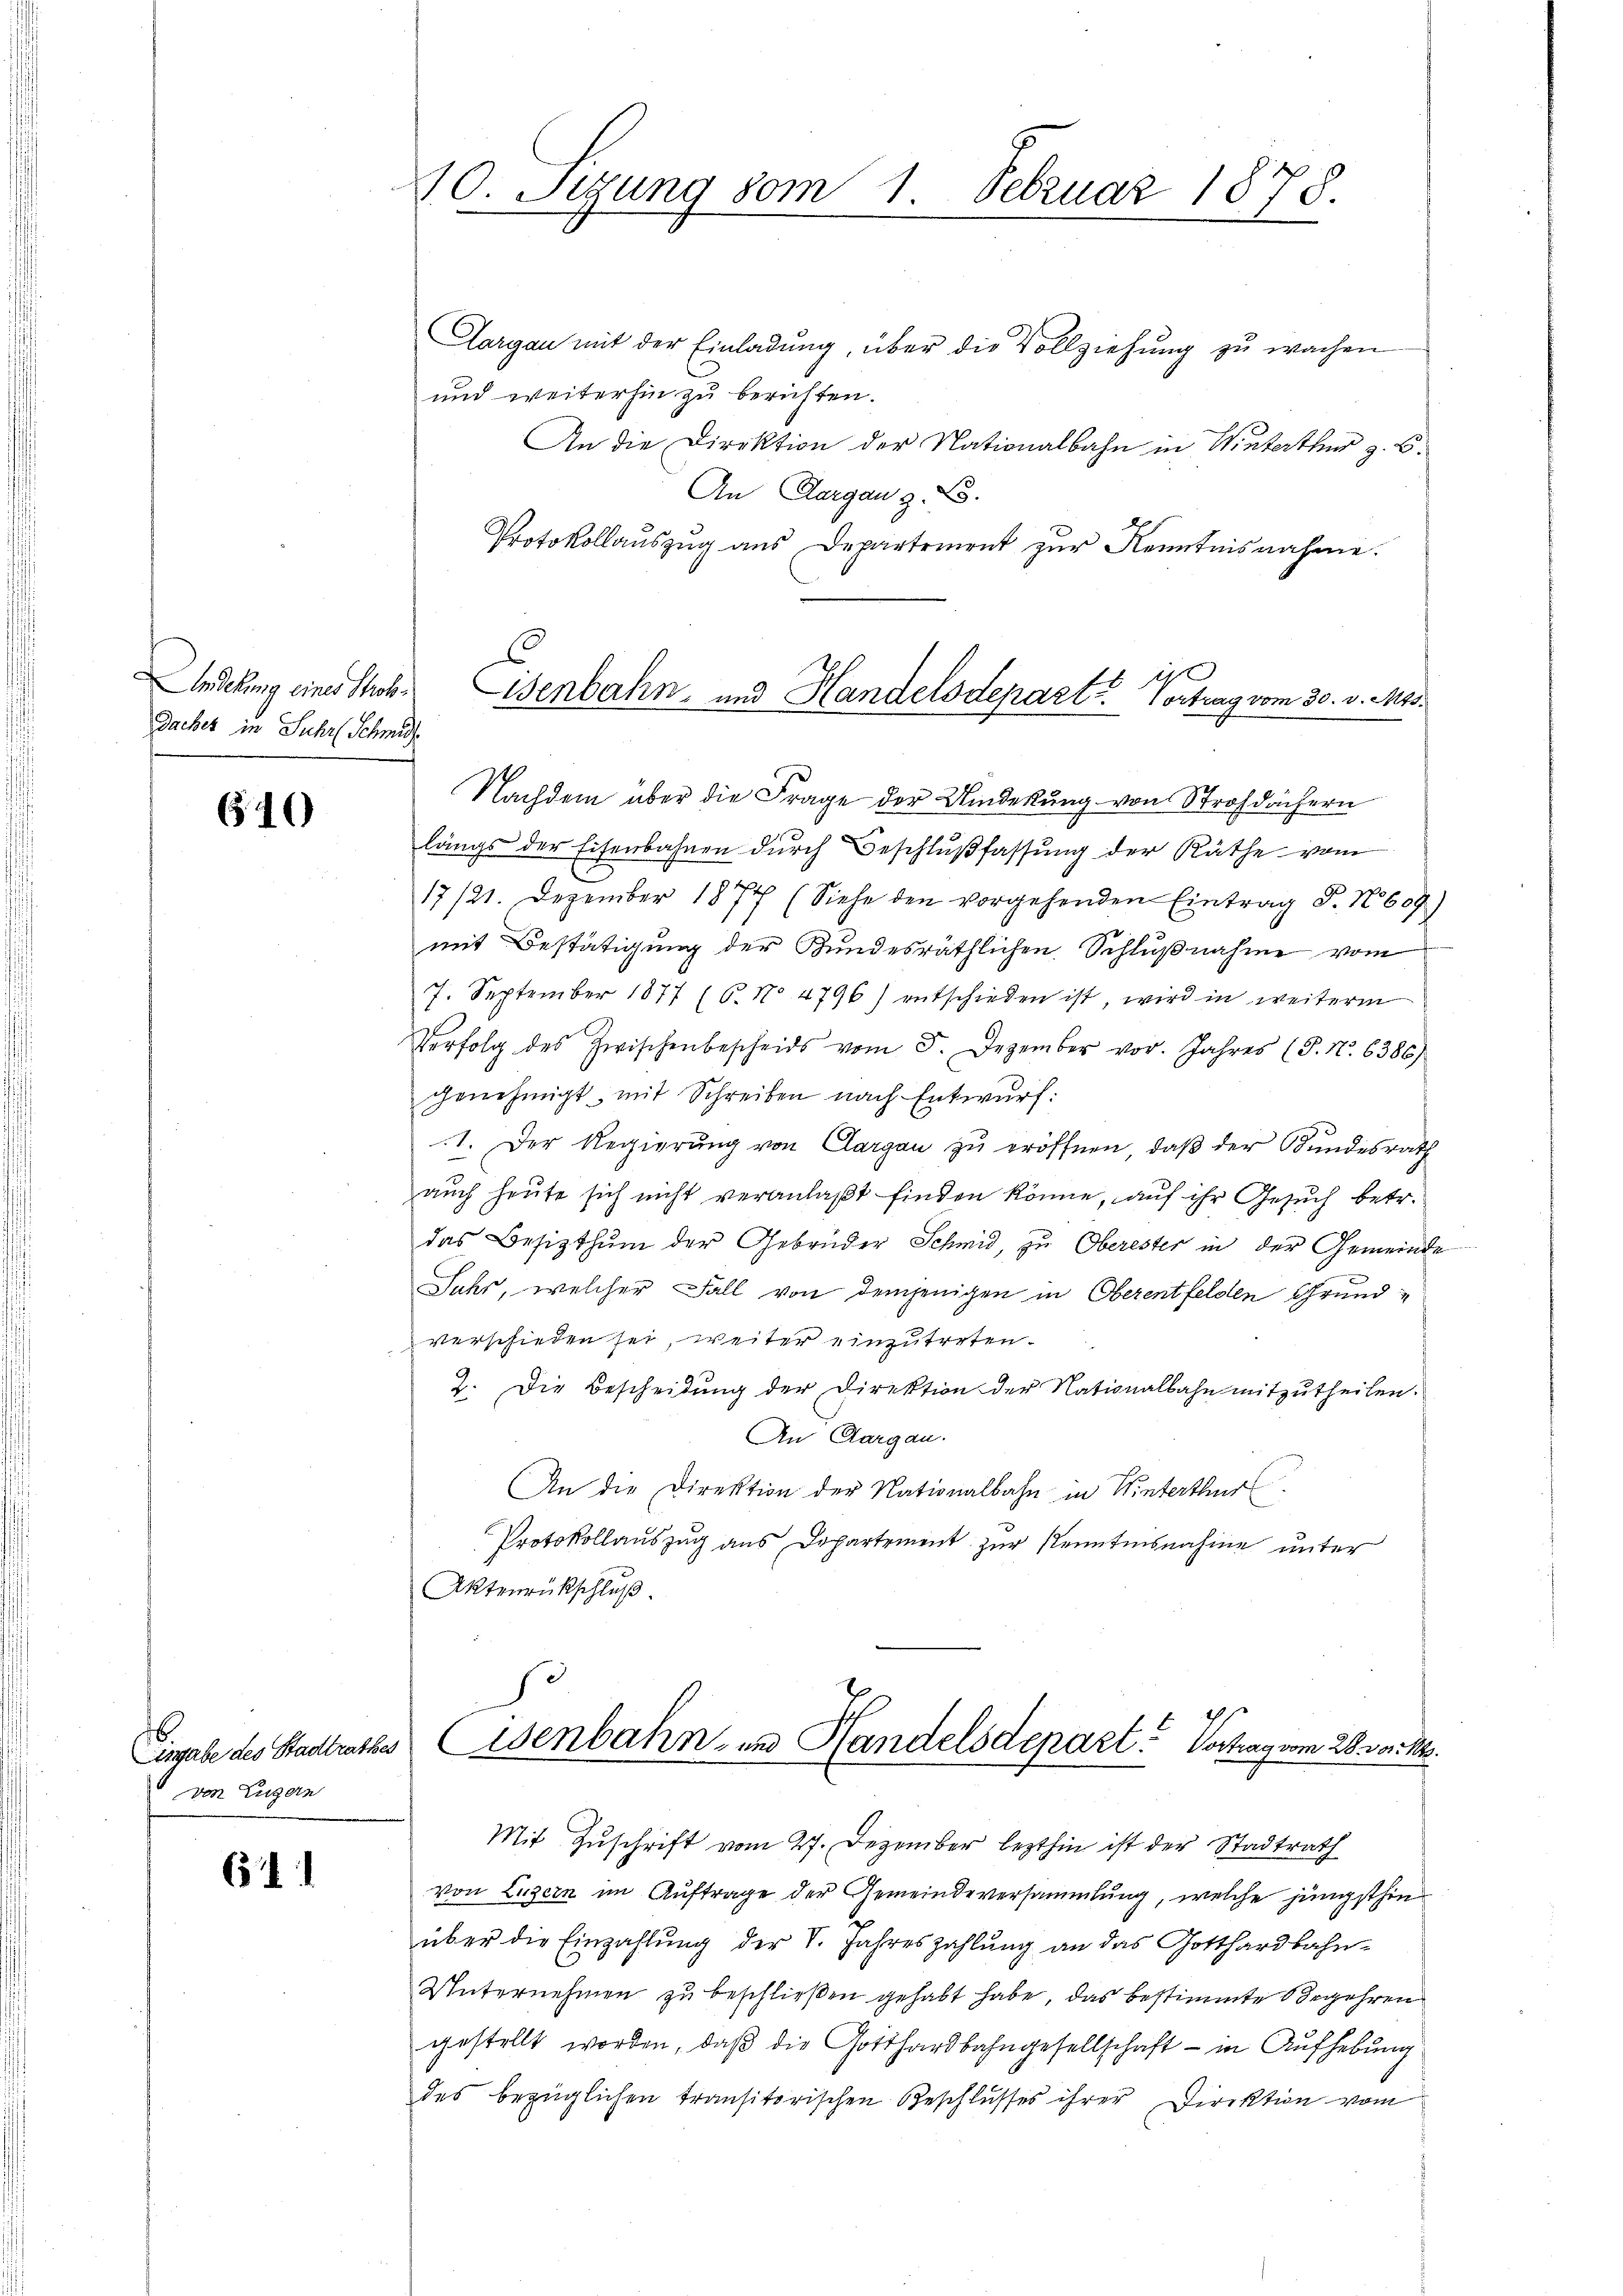
Andelung eines Tho¬
Daches in Suhr Schmid

646

von Luzern

6

10. Sizung vom 1. Februar 1878.

Aargau mit der Einladung, über die Vollziehung zu wachen
und weiterhin zu berichten.
An die Direktion der Nationalbahn in Winterthur z. B.
An Aargau z. B.
Protokollauszug aus Departement zur Kenntnisnahme.

10
Eisenbahn- und Handelsdepart. Vortrag vom 30. v. Mts.

Nachdem über die Frage der Umderkung von Strohdächern
längs der Eisenbahnen dŭrch Beschlŭβfassŭng der Räthe vom
17/21. Dezember 1877 (Siehe den vorgehenden Eintrag S. Nr. 609)
mit Bestätigung der Bundesräthlichen Schlußnahme vom
7. September 1877 (6. No 4796) entschieden ist, wird in weiterm
Verfolg des Zwischenbescheids vom 5. Dezember vor. Jahres (§. N. 6386)
genehmigt mit Schreiben nach Entwurf:
1. Der Regierung von Aargau zu eröffnen, daß der Bundesrath
auch heute sich nicht veranlaßt finden könne, auf ihr Gesuch betr.
das Besitzthum der Gebrüder Schmid, zu Oberester in der Gemeinde
Juhr, welcher Fall von demjenigen in Oberentfelden Grundverschieden sei, weiter einzutreten.
2. Die Bescheidŭng der Direktion der Nationalbahn mitzŭtheilen.
An Aargau.
An die Direktion der Nationalbahn in Winterthur
Protokollauszug aus Departement zur Kenntnisnahme unter
Aktenrückschluß.

Eingabe des Stadtrathes Eisenbahn- und Handelsdepart. Vortrag vom 28. vor. Mts.

Mit Zuschrift vom 27. Dezember lezthin ist der Stadtrath
von Luzern im Auftrage der Gemeindeversammlung, welche jüngsthin
über die Einzahlung der V. Jahreszahlung an das Gotthardbahn-
Unternehmen zu beschließen gehabt habe, das bestimmte Begehren
gestellt worden, daß die Gotthardbahngesellschaft - in Aufhebung
des bezüglichen transitorischen Beschlusses ihrer Direktion vom